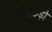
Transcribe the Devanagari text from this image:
मोरछड़ी